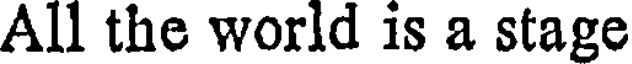
All the world is a stage